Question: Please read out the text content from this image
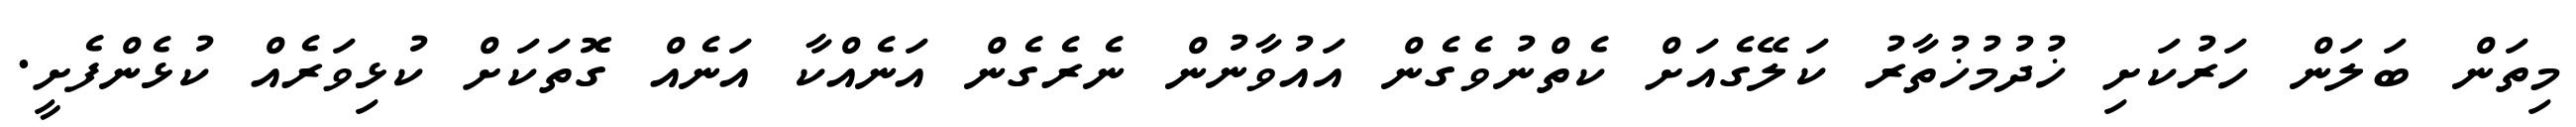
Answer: މިތަން ބަލަން ހަރުކަށި ޚުދުމުޚުތާރު ކަލޭގެއަށް ކެތްނުވެގެން އައުވާނުން ނެރެގެން އަނެއްކާ އަނެއް ގޮތަކަށް ކުޅިވަރެއް ކުޅެންފެށީ.